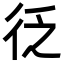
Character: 𭛦